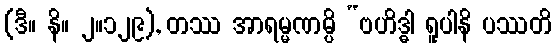
(ဒီ။ နိ။ ၂။၁၂၉), တဿ အာရမ္မဏမ္ပိ “ဗဟိဒ္ဓါ ရူပါနိ ပဿတိ